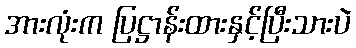
အားလုံးက ပြဋ္ဌာန်းထားနှင့်ပြီးသားပဲ